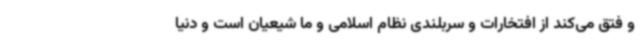
و فتق می‌کند از افتخارات و سربلندی نظام اسلامی و ما شیعیان است و دنیا